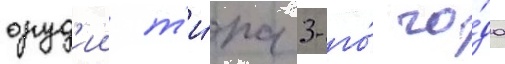
оруд'ии т'и́па 3-го́ го́да